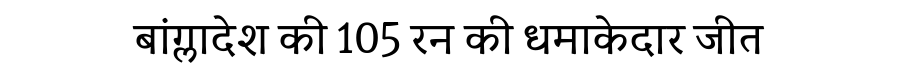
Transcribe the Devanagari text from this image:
बांग्लादेश की 105 रन की धमाकेदार जीत